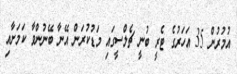
އުމުރުން 35 އަހަރުގެ ޓެރީ ބުނީ ޗެލްސީގައި މަޑުކުރަން އޭނާ ބޭނުންވާ ކަމަށާއި